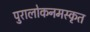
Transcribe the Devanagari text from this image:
पुरालोकनमस्कृत